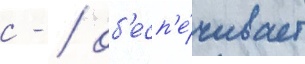
с - / об'есп'е́чивает